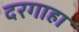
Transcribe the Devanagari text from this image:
दरगाहा